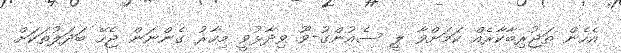
އެހެން ތަޖުރިބާކާރެއް ކަމަށްވާ ލީ ސެއުންގު-ވޫ ވިދާޅުވީ މިހާރު ގެންނަން ޖެހޭ ބަދަލުތަކަށް